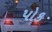
પોક